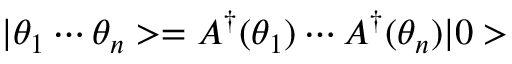
| \theta _ { 1 } \cdots \theta _ { n } > = A ^ { \dagger } ( \theta _ { 1 } ) \cdots A ^ { \dagger } ( \theta _ { n } ) | 0 >